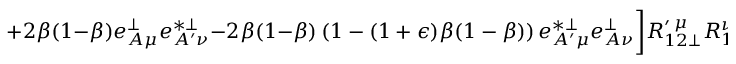
+ 2 \beta ( 1 - \beta ) e _ { A \mu } ^ { \perp } e _ { A ^ { \prime } \nu } ^ { * \perp } - 2 \beta ( 1 - \beta ) \left( 1 - ( 1 + \epsilon ) \beta ( 1 - \beta ) \right) e _ { A ^ { \prime } \mu } ^ { * \perp } e _ { A \nu } ^ { \perp } \biggr ] R _ { 1 2 \perp } ^ { \prime \: \mu } R _ { 1 2 \perp } ^ { \nu } ~ ,